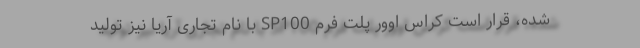
شده، قرار است كراس اوور پلت فرم SP100 با نام تجاری آریا نیز توليد